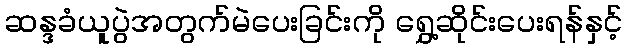
ဆန္ဒခံယူပွဲအတွက်မဲပေးခြင်းကို ရွှေ့ဆိုင်းပေးရန်နှင့်